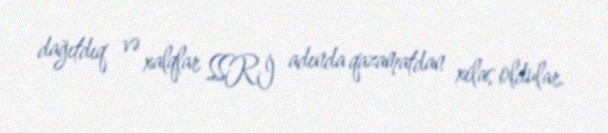
dağıtdıq və xalqlar SSRİ adında qazamatdan xilas oldular.